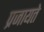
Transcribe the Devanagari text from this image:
प्रजायते